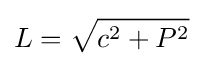
L={\sqrt {c^{2}+P^{2}}}